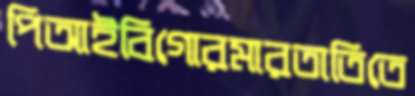
পিআইবিগোরমারতাতিতে